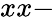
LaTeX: xx-